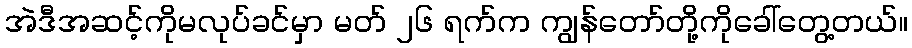
အဲဒီအဆင့်ကိုမလုပ်ခင်မှာ မတ် ၂၆ ရက်က ကျွန်တော်တို့ကိုခေါ်တွေ့တယ်။